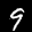
Label: 9